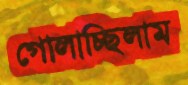
গোলাচ্ছিলাম